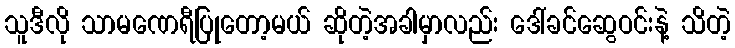
သူဒီလို သာမဏေရီပြုတော့မယ် ဆိုတဲ့အခါမှာလည်း ဒေါ်ခင်ဆွေဝင်းနဲ့ သိတဲ့